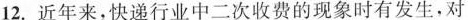
12.近年来，快递行业中二次收费的现象时有发生，对